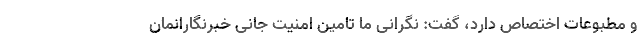
و مطبوعات اختصاص دارد، گفت: نگرانی ما تامین امنیت جانی خبرنگارانمان